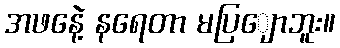
အဖနေဲ့ နရေတာ မပြျောဘူး။